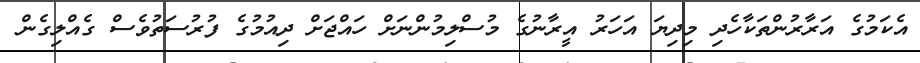
އެކަމުގެ އަރާރުންތަކާހެދި މިދިޔަ އަހަރު އީރާނުގެ މުސްލިމުންނަށް ހައްޖަށް ދިއުމުގެ ފުރުސަތުވެސް ގެއްލިގެން